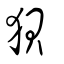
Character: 狽